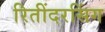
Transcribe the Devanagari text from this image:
रितींदरसिंग